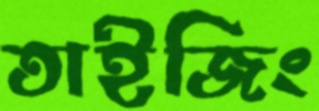
তাইজিং